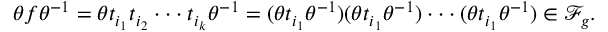
\theta f \theta ^ { - 1 } = \theta t _ { i _ { 1 } } t _ { i _ { 2 } } \cdot \cdot \cdot t _ { i _ { k } } \theta ^ { - 1 } = ( \theta t _ { i _ { 1 } } \theta ^ { - 1 } ) ( \theta t _ { i _ { 1 } } \theta ^ { - 1 } ) \cdot \cdot \cdot ( \theta t _ { i _ { 1 } } \theta ^ { - 1 } ) \in \mathscr { F } _ { g } .